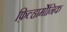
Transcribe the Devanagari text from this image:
फ़िल्हार्मोनिक